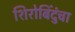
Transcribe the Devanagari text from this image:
शिरोबिंदुंचा